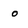
Character: o